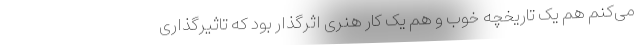
می‌کنم هم یک تاریخچه خوب و هم یک کار هنری اثرگذار بود که تاثیرگذاری